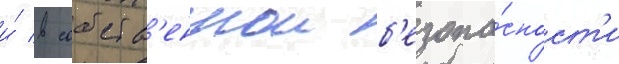
и́ в собств'еннои б'езопа́сност'и